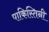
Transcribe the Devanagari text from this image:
पाकिस्तिनी